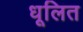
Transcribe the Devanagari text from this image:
धूलित